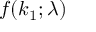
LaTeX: f ( k _ { 1 } ; \lambda )